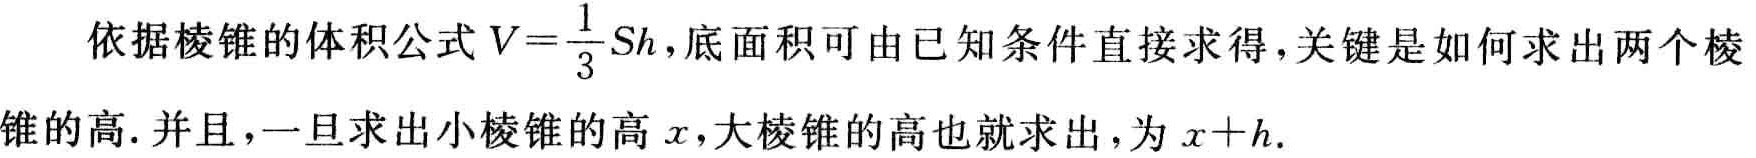
依据棱锥的体积公式\(V = \frac{1}{3}Sh\)，底面积可由已知条件直接求得，关键是如何求出两个棱锥的高. 并且，一旦求出小棱锥的高\(x\)，大棱锥的高也就求出，为\(x + h\).